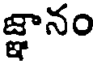
జ్ఞానం